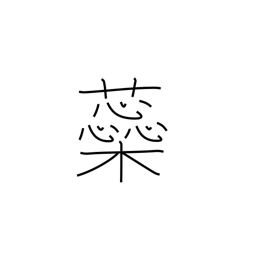
Meaning: pistil